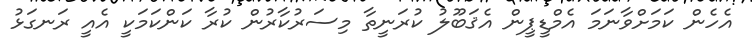
އެހެން ކަމަށްވާނަމަ އެމްޑީޕީން އެޤަބޫލު ކުރަނީތާ މިސަރުކާރުން ކުރާ ކަންކަމަކީ އެއީ ރަނގަޅު